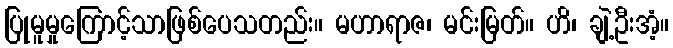
ပြုမူမှုကြောင့်သာဖြစ်ပေသတည်း။ မဟာရာဇ၊ မင်းမြတ်။ ဟိ၊ ချဲ့ဦးအံ့။